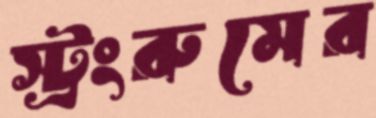
স্ট্রংরুমের